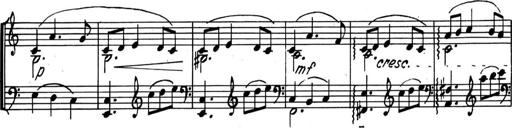
Title: Kleine Sonate
Composer: Raoul Koczalski
Key: C major